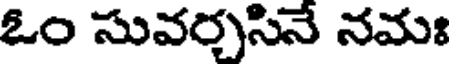
ఓం సువర్చసినే నమః